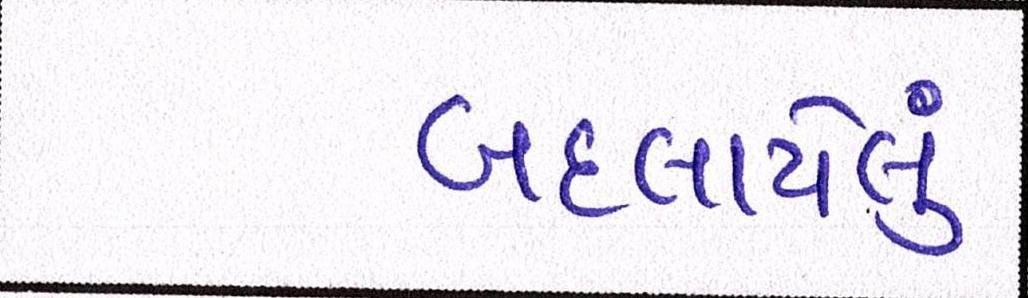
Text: બદલાયેલું